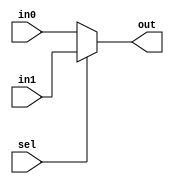
/*
Mux.v

Thomas Sowders

A 2-to-1 32-bit multiplexer
*/



/* 

Mux
Thomas Sowders

Forwards one of two inputs to output, based on the value of select signal

Inputs:
32-bit inputs in0 and in1
1-bit input "select"

Outputs:
32-bit output "out"
*/


module Mux(in0, in1, sel, out);
	//Declare ports
	input [31:0] in0, in1;
	input sel;
	output reg [31:0] out;
	
	
	//Whenever an input changes,
	//Output the value of in0 if select is 0,
	//Otherwise output the value of in1
	always @ (in0 or in1 or sel)
	begin
	out = (sel) ? in1 : in0;
	end
endmodule